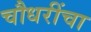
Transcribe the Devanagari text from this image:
चौधरींचा